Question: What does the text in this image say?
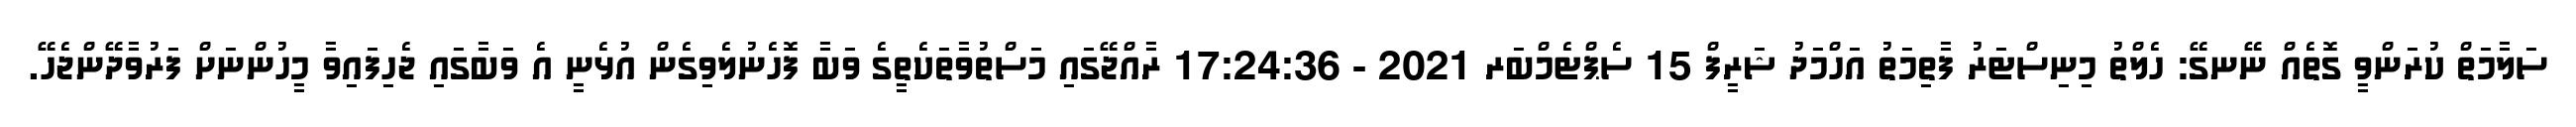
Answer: ސަލާމަތް ކުރަންވީ ގޮތެއް ނޭނގޭ: ހެލްތު މިނިސްޓަރު ފާތިމަތު އަހްމަދު ޝަރީފް 15 ސެޕްޓެމްބަރ 2021 - 17:24:36 ރާއްޖޭގައި މަސްތުވާތަކެތީގެ ވަބާ ފޮހެނުލެވިގެން އުޅެނީ އެ ވަބާގައި ޖެހިފައިވާ މީހުންނަށް ފަރުވާދޭންޖެހޭ.